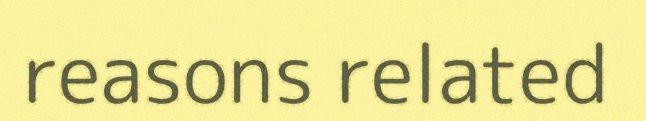
reasons related